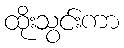
ထိုးသွင်းကာ